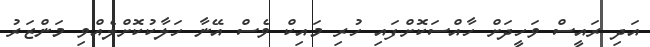
އަދި ރައީސް ވަހީދަށް ހާއްސަކޮށްފައި ހުރި މައިކް ވެސް އޭނާ ހަލާކުކޮށްލެއްވި މަންޒަރު